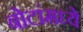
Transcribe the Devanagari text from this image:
बोटांमघ्ये